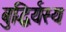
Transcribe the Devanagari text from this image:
बुद्धिर्यस्य